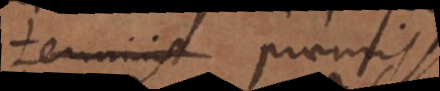
terminis praemissis